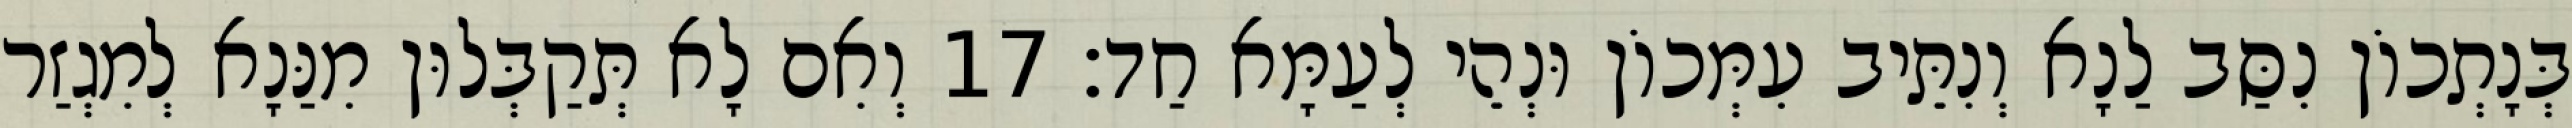
בְּנָתְכוֹן נִסַּב לַנָא וְנִתֵּיב עִמְּכוֹן וּנְהֵי לְעַמָּא חַד׃ 17 וְאִם לָא תְּקַבְּלוּן מִנַּנָא לְמִגְזַר